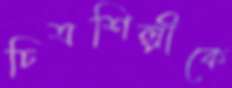
চিত্রশিল্পীকে